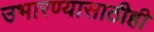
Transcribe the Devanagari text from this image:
उभारण्यासाठीही